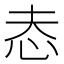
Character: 𢗤